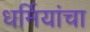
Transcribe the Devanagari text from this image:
धर्मियांचा